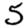
Digit: 5